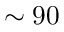
\sim 9 0